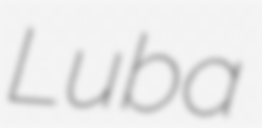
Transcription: Luba